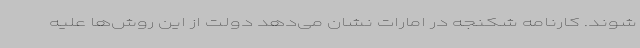
شوند. کارنامه شکنجه در امارات نشان می‌دهد دولت از این روش‌ها علیه